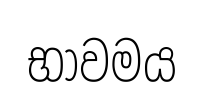
භාවමය